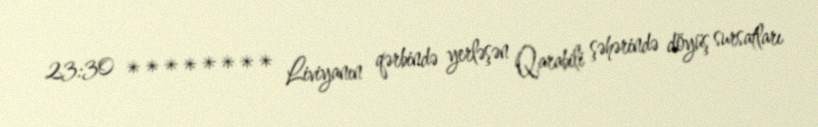
23:30 ******** Liviyanın qərbində yerləşən Qarabili şəhərində döyüş sursatları